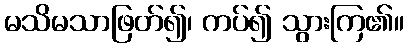
မသိမသာဖြတ်၍၊ ကပ်၍ သွားကြ၏။